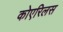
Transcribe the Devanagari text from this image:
कोएरिलस